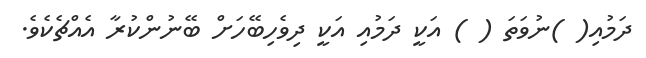
ދަމުއި( )ނުވަތަ ( ) އަކީ ދަމުއި އަކީ ދިވެހިބޭހަށް ބޭނުންކުރާ އެއްޗެކެވެ.